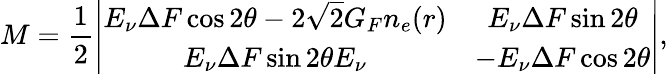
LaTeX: M=\frac{1}{2}\left|\begin{array}{cc}{{E_{\nu}\Delta F\cos 2\theta-2\sqrt{2}G_{F}n_{e}(r)}}&{{E_{\nu}\Delta F\sin 2\theta}}\\ {{E_{\nu}\Delta F\sin 2\theta E_{\nu}}}&{{-E_{\nu}\Delta F\cos 2\theta}}\end{array}\right|,